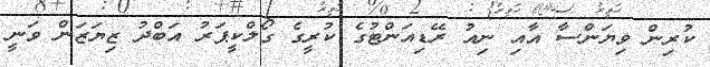
ކުރިން ވިޔަންސާ އާއި ނިއު ރޭޑިއަންޓުގެ ކުރީގެ ގޯލްކީޕަރު އަބްދު ޒިޔަޒަން ވަނީ